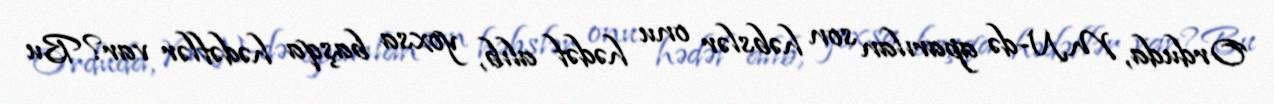
Orduda, MN-də aparılan son həbslər onu hədəf alıb, yoxsa başqa hədəflər var?Bu